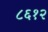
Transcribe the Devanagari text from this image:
८६१२